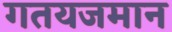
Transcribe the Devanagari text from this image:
गतयजमान